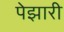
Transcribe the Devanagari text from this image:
पेझारी